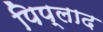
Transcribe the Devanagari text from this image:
पिप्लाद